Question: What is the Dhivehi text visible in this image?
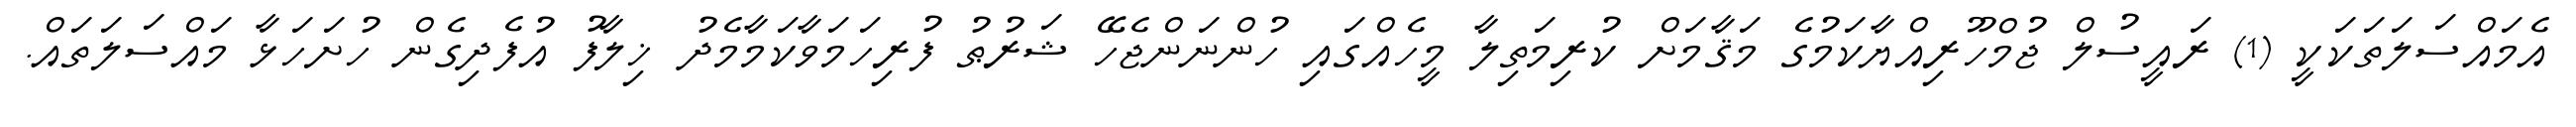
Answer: އެމައްސަލަތަކަކީ (1) ރައީސުލް ޖުމްހޫރިއްޔާކަމުގެ މަޤާމަށް ކުރިމަތިލާ މީހެއްގައި ހުންނަންޖެހޭ ޝަރުޠު ފުރިހަމަވާކަމާމެދު ޚިލާފު އުފެދިގެން ހުށަހަޅާ މައްސަލަތައް.